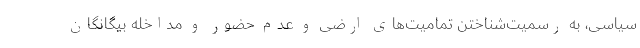
سیاسی، به رسمیت‌شناختن تمامیت‌های ارضی و عدم حضور و مداخله بیگانگان